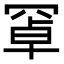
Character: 𦋐